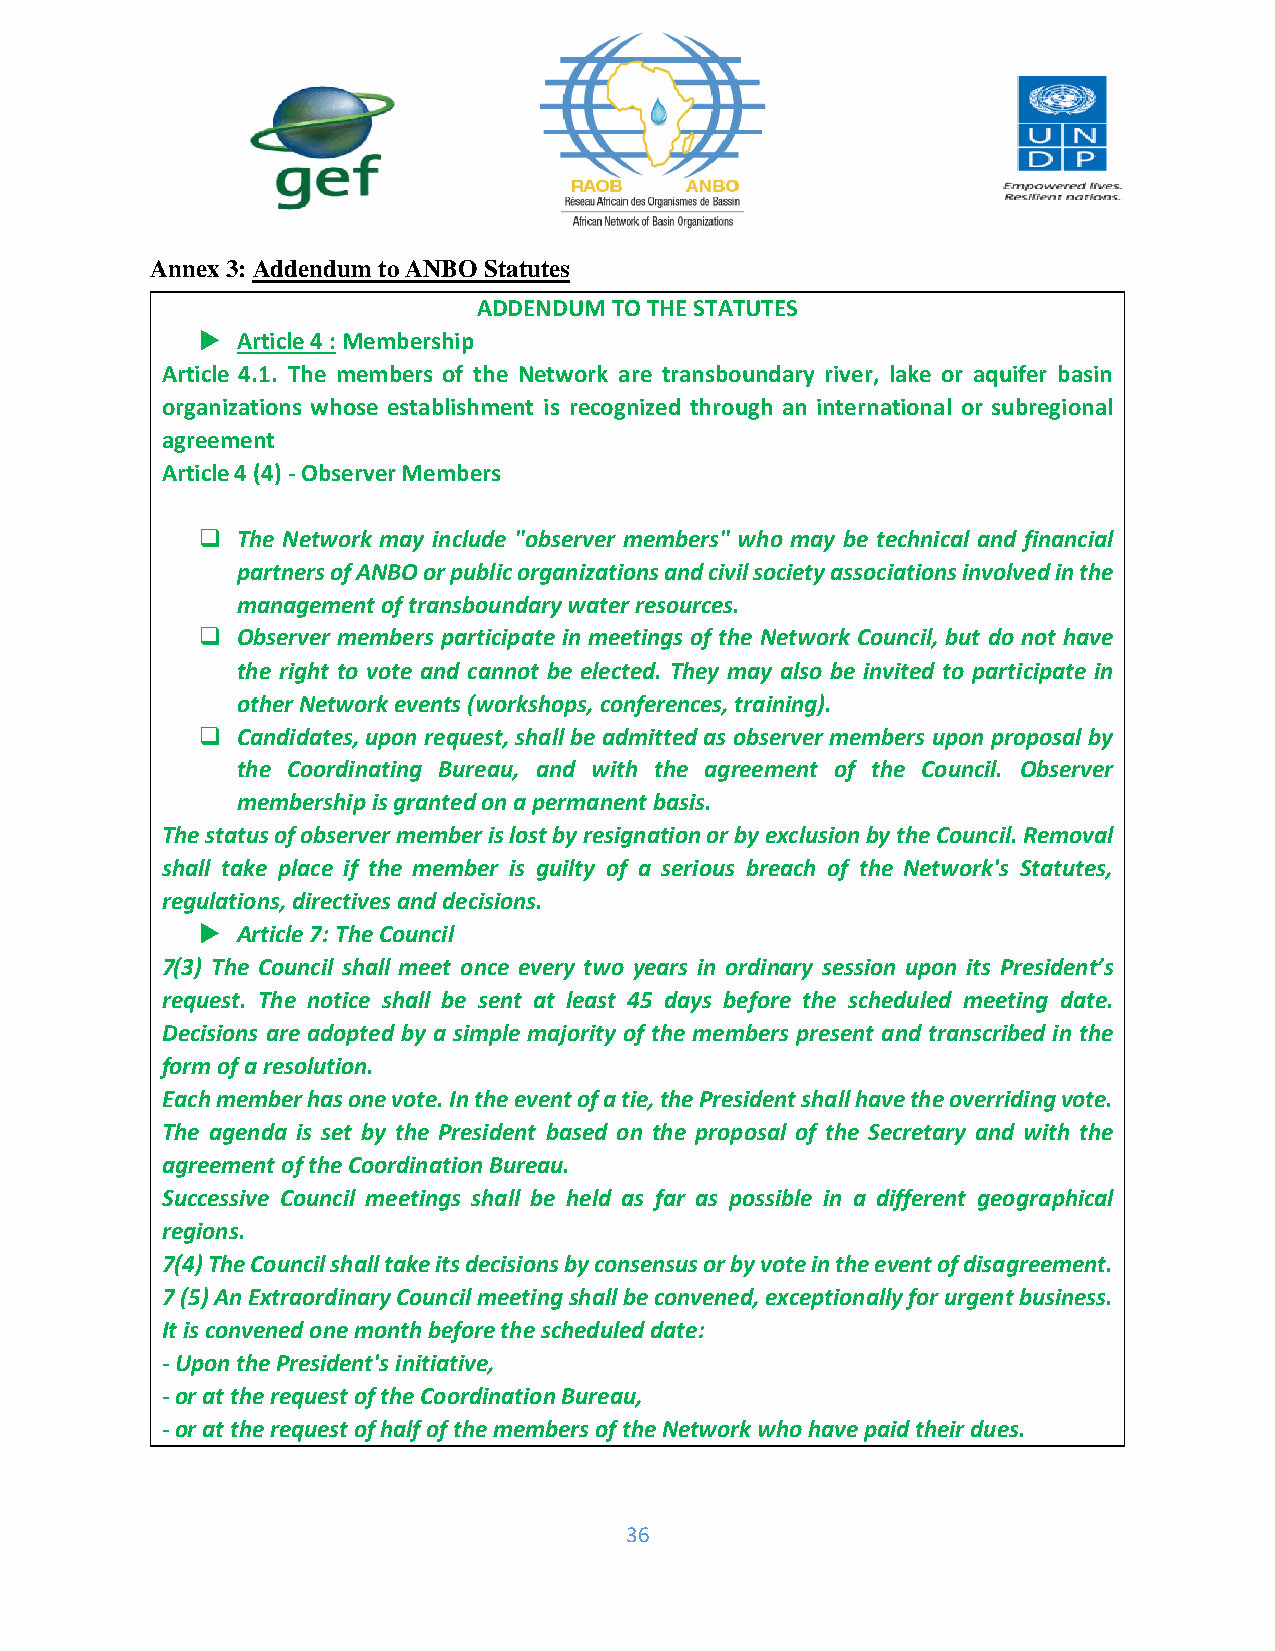
Annex 3: Addendum to ANBO Statutes
 ADDENDUM TO THE STATUTES
   Article 4 : Membership
 Article 4.1. The members of the Network are transboundary river, lake or aquifer basin
 organizations whose establishment is recognized through an international or subregional
 agreement
 Article 4 (4) - Observer Members
 ❑  The Network may include "observer members" who may be technical and financial
 partners of ANBO or public organizations and civil society associations involved in the
 management of transboundary water resources.
 ❑  Observer members participate in meetings of the Network Council, but do not have
 the right to vote and cannot be elected. They may also be invited to participate in
 other Network events (workshops, conferences, training).
 ❑  Candidates, upon request, shall be admitted as observer members upon proposal by
 the Coordinating Bureau, and with the agreement of the Council. Observer
 membership is granted on a permanent basis.
 The status of observer member is lost by resignation or by exclusion by the Council. Removal
 shall take place if the member is guilty of a serious breach of the Network's Statutes,
 regulations, directives and decisions.
   Article 7: The Council
 7(3) The Council shall meet once every two years in ordinary session upon its President’s
 request. The notice shall be sent at least 45 days before the scheduled meeting date.
 Decisions are adopted by a simple majority of the members present and transcribed in the
 form of a resolution.
 Each member has one vote. In the event of a tie, the President shall have the overriding vote.
 The agenda is set by the President based on the proposal of the Secretary and with the
 agreement of the Coordination Bureau.
 Successive Council meetings shall be held as far as possible in a different geographical
 regions.
 7(4) The Council shall take its decisions by consensus or by vote in the event of disagreement.
 7 (5) An Extraordinary Council meeting shall be convened, exceptionally for urgent business.
 It is convened one month before the scheduled date:
 - Upon the President's initiative,
 - or at the request of the Coordination Bureau,
 - or at the request of half of the members of the Network who have paid their dues.
 36